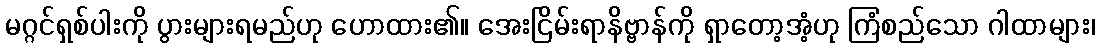
မဂ္ဂင်ရှစ်ပါးကို ပွားများရမည်ဟု ဟောထား၏။ အေးငြိမ်းရာနိဗ္ဗာန်ကို ရှာတော့အံ့ဟု ကြံစည်သော ဂါထာများ၊